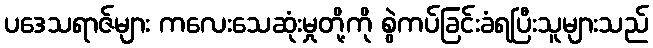
ပဒေသရာဇ်များ ကလေးသေဆုံးမှုတို့ကို စွဲကပ်ခြင်းခံရပြီးသူများသည်